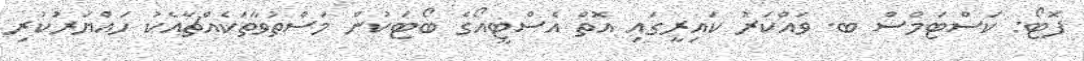
ފޮޓޯ: ކަސްޓަމްސް ބ. ވައްކަރު ކައިރީގައި އޮތް އެސްޓީއޯގެ ބޯޓަކުން މަސްތުވާތަކެއްޗާއެކު ހައްޔަރުކުރި